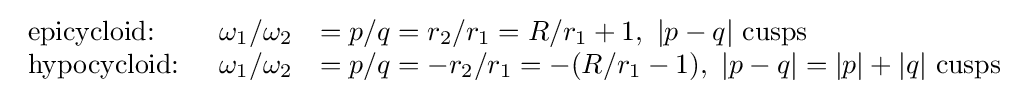
{\begin{array}{lcl}{\text{epicycloid: }}&\omega _{1}/\omega _{2}&=p/q=r_{2}/r_{1}=R/r_{1}+1,\ |p-q|{\text{ cusps}}\\{\text{hypocycloid: }}&\omega _{1}/\omega _{2}&=p/q=-r_{2}/r_{1}=-(R/r_{1}-1),\ |p-q|=|p|+|q|{\text{ cusps}}\end{array}}